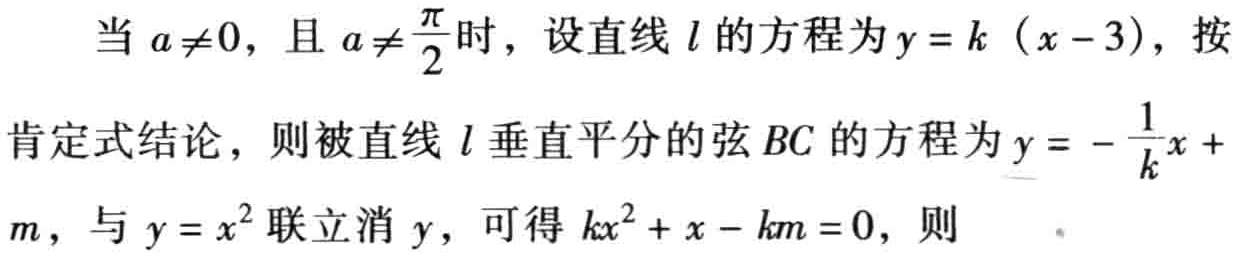
当 \(a\neq0\)，且 \(a\neq\frac{\pi}{2}\) 时，设直线 \(l\) 的方程为 \(y = k (x - 3)\)，按肯定式结论，则被直线 \(l\) 垂直平分的弦 \(BC\) 的方程为 \(y = -\frac{1}{k}x + m\)，与 \(y = x^{2}\) 联立消 \(y\)，可得 \(kx^{2}+x - km = 0\)，则  。